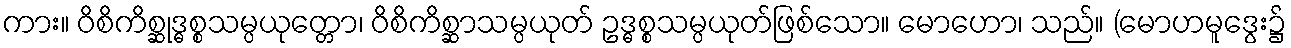
ကား။ ဝိစိကိစ္ဆုဒ္ဓစ္စသမ္ပယုတ္တော၊ ဝိစိကိစ္ဆာသမ္ပယုတ် ဥဒ္ဓစ္စသမ္ပယုတ်ဖြစ်သော။ မောဟော၊ သည်။ (မောဟမူဒွေး၌